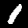
Label: 1